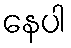
နေပါ